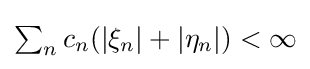
{\textstyle \sum _{n}c_{n}(|\xi _{n}|+|\eta _{n}|)<\infty }